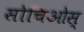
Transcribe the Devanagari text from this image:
सोचिओस्